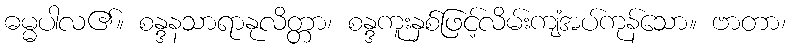
ဓမ္မပါလ၏။ စန္ဒနသာရာနုလိတ္တာ၊ စန္ဒကူးနှစ်ဖြင့်လိမ်းကျံအပ်ကုန်သော။ ဗာတာ၊